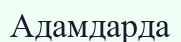
Адамдарда